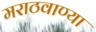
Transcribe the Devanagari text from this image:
मराठवाण्या